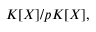
K [ X ] / p K [ X ] ,